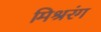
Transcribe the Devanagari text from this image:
मिश्ररंग